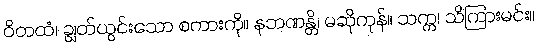
ဝိတထံ၊ ချွတ်ယွင်းသော စကားကို။ နဘဏန္တိ၊ မဆိုကုန်။ သက္က၊ သိကြားမင်း။